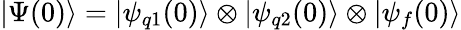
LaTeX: |\Psi(0)\rangle=|\psi_{q1}(0)\rangle\otimes|\psi_{q2}(0)\rangle\otimes|\psi_{f}(0)\rangle